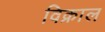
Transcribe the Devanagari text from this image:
विक्राल